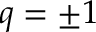
q = \pm 1